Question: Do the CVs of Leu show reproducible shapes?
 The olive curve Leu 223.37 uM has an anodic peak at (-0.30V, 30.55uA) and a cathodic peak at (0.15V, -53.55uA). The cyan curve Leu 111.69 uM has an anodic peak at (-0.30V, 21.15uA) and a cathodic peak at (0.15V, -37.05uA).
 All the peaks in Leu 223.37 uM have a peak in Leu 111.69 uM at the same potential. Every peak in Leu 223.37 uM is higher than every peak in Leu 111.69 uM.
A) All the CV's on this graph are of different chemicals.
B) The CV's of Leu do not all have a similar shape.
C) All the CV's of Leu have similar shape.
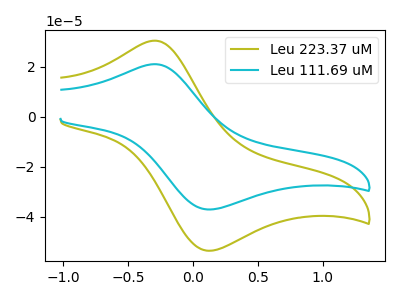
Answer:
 <answer>C) All the CV's of "Leu" have similar shape.</answer>
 <eval>C</eval>